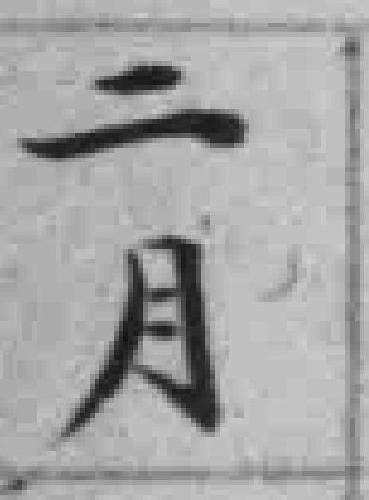
二月